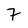
Character: 7